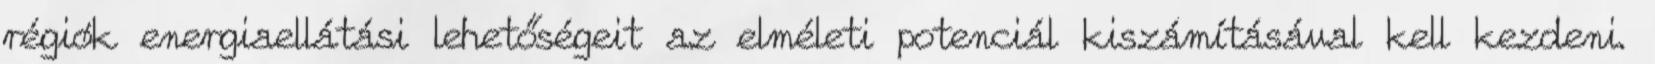
régiók energiaellátási lehetőségeit az elméleti potenciál kiszámításával kell kezdeni.